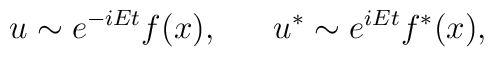
u \sim e^{-iEt} f(x),~~~~~u^* \sim e^{iEt} f^*(x),